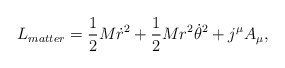
\begin{align*}L_{matter}={1\over 2}M\dot{r}^2+{1\over2}Mr^2{\dot\theta}^2 +j^\mu A_\mu,\end{align*}